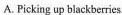
A.Picking up blackberries.